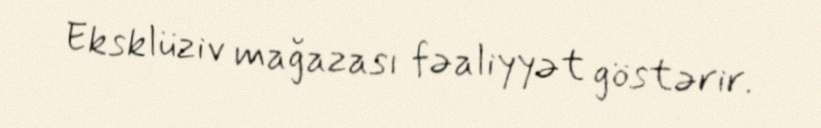
Eksklüziv mağazası fəaliyyət göstərir.